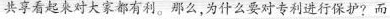
共享看起来对大家都有利。那么，为什么要对专利进行保护?而